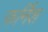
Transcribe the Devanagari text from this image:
फर्निश